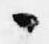
々